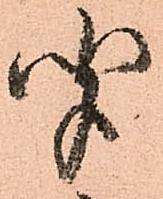
聞